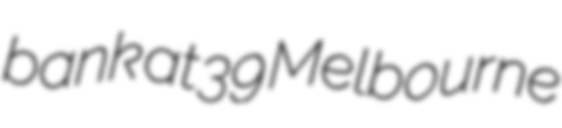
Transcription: bank at 39 Melbourne